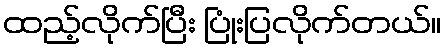
ထည့်လိုက်ပြီး ပြုံးပြလိုက်တယ်။